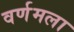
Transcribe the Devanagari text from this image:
वर्णमला